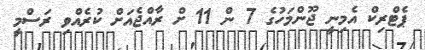
ޕެޓްރިކް އެމިނީ ޖޫންމަހުގެ 7 ން 11 ށް ރާއްޖެއަށް ކުރެއްވި ރަސްމީ